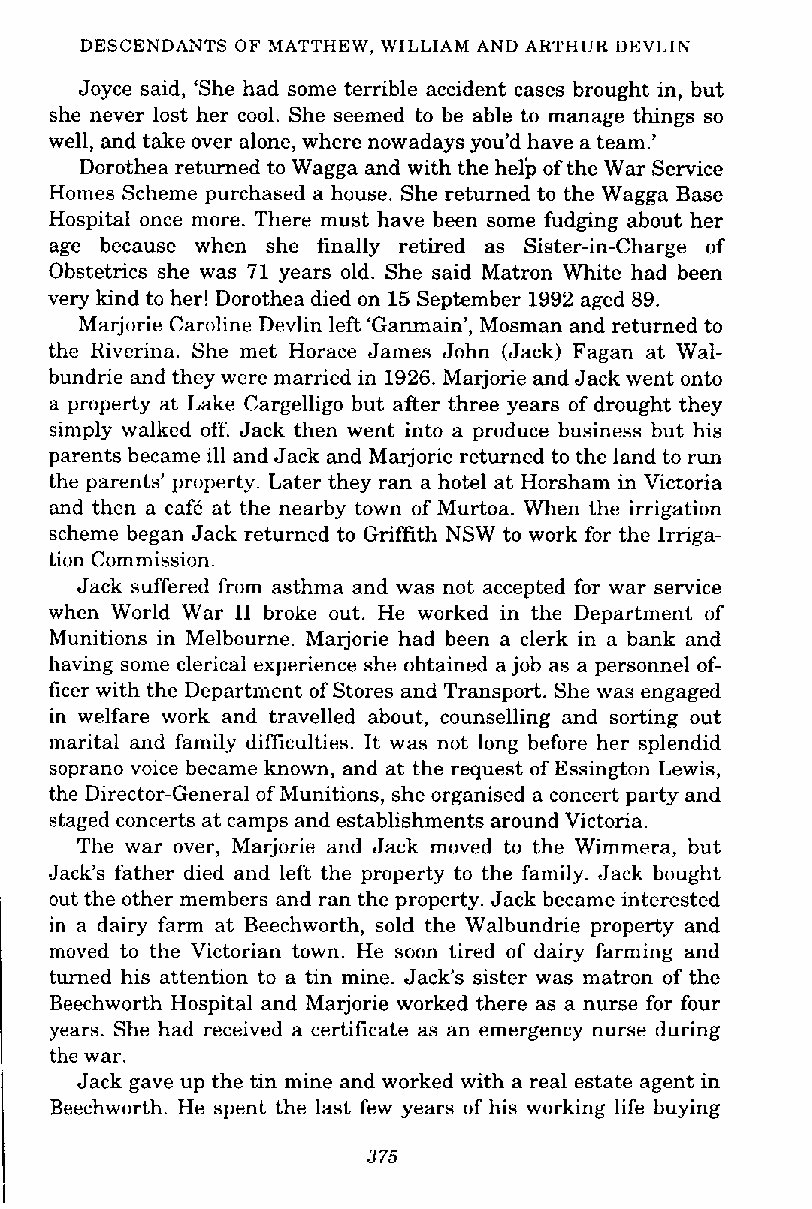
DESCENDANTS OF MATTHEW, WILLIAM AND ARTHUR DEVLIN
 Joyce said, 'She had some terrible accident cases brought in, but
 she never lost her cool. She seemed to be able to manage things so
 well, and take over alone, where nowadays you'd have a team.'
 Dorothea returned to Wagga and with the help of the War Service
 Homes Scheme purchased a house. She returned to the Wagga Base
 Hospital once more. There must have been some fudging about her
 age because when she finally retired as Sister-in-Charge of
 Obstetrics she was 71 years old. She said Matron White had been
 very kind to her! Dorothea died on 15 September 1992 aged 89.
 Marjorie Caroline Devlin left 'Ganmain', Mosman and returned to
 the Riverina. She met Horace James John (Jack) Fagan at Wal-
 bundrie and they were married in 1926. Marjorie and Jack went onto
 a property at Lake Cargelligo but aRer three years of drought they
 simply walked off. Jack then went into a produce business but his
 parents became ill and Jack and Marjorie returned to the land to run
 the parents' property. Later they ran a hotel at Horsham in Victoria
 and then a cafe at the nearby town of Murtoa. When the irrigation
 scheme began Jack returned to Griffith NSW to work for the Irriga-
 tion Commission.
 Jack suffered from asthma and was not accepted for war service
 when World War I1 broke out. He worked in the Department of
 Munitions in Melbourne. Marjorie had been a clerk in a bank and
 having some clerical experience she obtained a job as a personnel of-
 ficer with the Department of Stores and Transport. She was engaged
 in welfare work and travelled about, counselling and sorting out
 marital and family difficulties. It was not long before her splendid
 soprano voice became known, and at the request of Essington Lewis,
 the Director-General of Munitions, she organised a concert party and
 staged concerts at camps and establishments around Victoria.
 The war over, Marjorie and Jack moved to the Wimmera, but
 Jack's father died and left the property to the family. Jack bought
 out the other members and ran the property. Jack became interested
 in a dairy farm at Beechworth, sold the Walbundrie property and
 moved to the Victorian town. He soon tired of dairy farming and
 turned his attention to a tin mine. Jack's sister was matron of the
 Beechworth Hospital and Marjorie worked there as a nurse for four
 years. She had received a certificate as an emergency nurse during
 the war.
 Jack gave up the tin mine and worked with a real estate agent in
 Beechworth. He spent the last few years of his working life buying